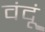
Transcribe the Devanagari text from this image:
वंदूं